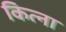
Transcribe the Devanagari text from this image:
कित्ना